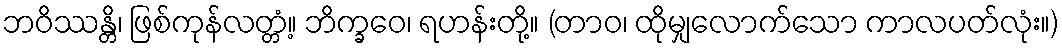
ဘဝိဿန္တိ၊ ဖြစ်ကုန်လတ္တံ့။ ဘိက္ခဝေ၊ ရဟန်းတို့။ (တာဝ၊ ထိုမျှလောက်သော ကာလပတ်လုံး။)